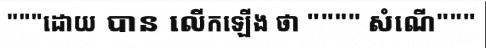
"""ដោយ បាន លើកឡើង ថា """" សំណើ"""